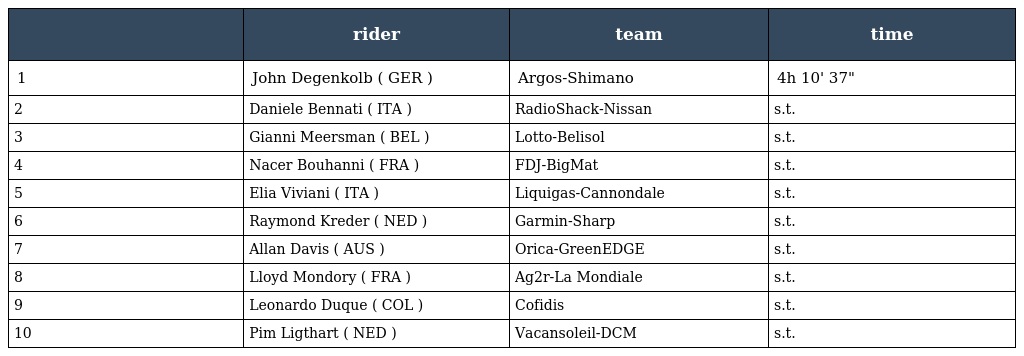
|  | rider | team | time |
 | --- | --- | --- | --- |
 | 1 | John Degenkolb ( GER ) | Argos-Shimano | 4h 10' 37" |
 | 2 | Daniele Bennati ( ITA ) | RadioShack-Nissan | s.t. |
 | 3 | Gianni Meersman ( BEL ) | Lotto-Belisol | s.t. |
 | 4 | Nacer Bouhanni ( FRA ) | FDJ-BigMat | s.t. |
 | 5 | Elia Viviani ( ITA ) | Liquigas-Cannondale | s.t. |
 | 6 | Raymond Kreder ( NED ) | Garmin-Sharp | s.t. |
 | 7 | Allan Davis ( AUS ) | Orica-GreenEDGE | s.t. |
 | 8 | Lloyd Mondory ( FRA ) | Ag2r-La Mondiale | s.t. |
 | 9 | Leonardo Duque ( COL ) | Cofidis | s.t. |
 | 10 | Pim Ligthart ( NED ) | Vacansoleil-DCM | s.t. |